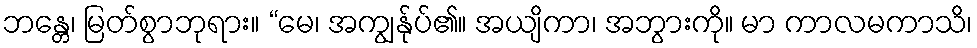
ဘန္တေ၊ မြတ်စွာဘုရား။ “မေ၊ အကျွန်ုပ်၏။ အယျိကာ၊ အဘွားကို။ မာ ကာလမကာသိ၊